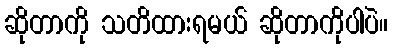
ဆိုတာကို သတိထားရမယ် ဆိုတာကိုပါပဲ။